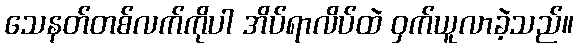
သေနတ်တစ်လက်ကိုပါ အိပ်ရာလိပ်ထဲ ဝှက်ယူလာခဲ့သည်။